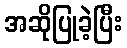
အဆိုပြုခဲ့ပြီး